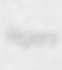
legers